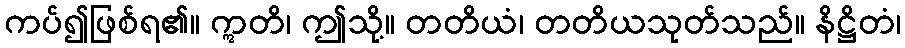
ကပ်၍ဖြစ်ရ၏။ ဣတိ၊ ဤသို့။ တတိယံ၊ တတိယသုတ်သည်။ နိဋ္ဌိတံ၊